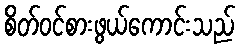
စိတ်ဝင်စားဖွယ်ကောင်းသည်